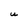
Character: U